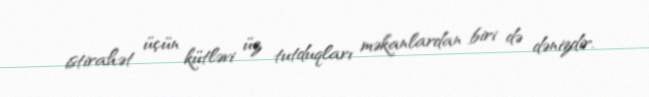
istirahət üçün kütləvi üz tutduqları məkanlardan biri də dənizdir.